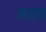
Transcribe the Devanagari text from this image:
अड़द